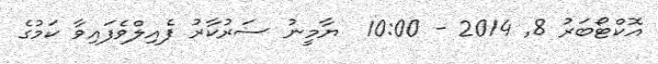
އޮކްޓޯބަރު 8